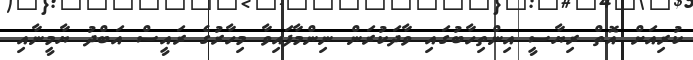
ކުރިއަށް އޮތް ރިޔާސީ އިންތިހާބުގައި ވާދަކުރަން ނިންމާފައިވާ މިހާރުގެ ރައީސް އަބްދު ޔާމީނާއި